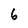
Character: 6